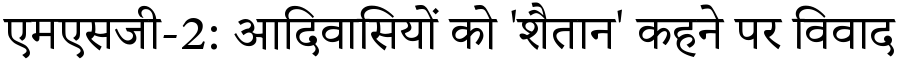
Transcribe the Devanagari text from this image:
एमएसजी-2: आदिवासियों को 'शैतान' कहने पर विवाद